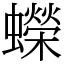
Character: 蠑